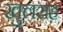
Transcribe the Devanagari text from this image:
खुलराह